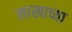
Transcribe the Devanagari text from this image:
साखाच्या